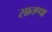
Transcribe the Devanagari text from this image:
सातप्पा